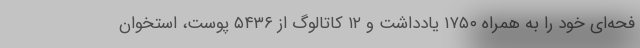
فحه‌ای خود را به همراه ۱۷۵۰ یادداشت و ۱۲ کاتالوگ از ۵۴۳۶ پوست، استخوان